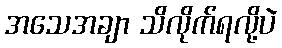
အသေအချာ သိလိုက်ရလို့ပဲ